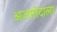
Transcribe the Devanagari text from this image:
अजमोदाला